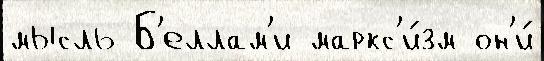
мысль Б'еллам'и маркс'и́зм он'и́